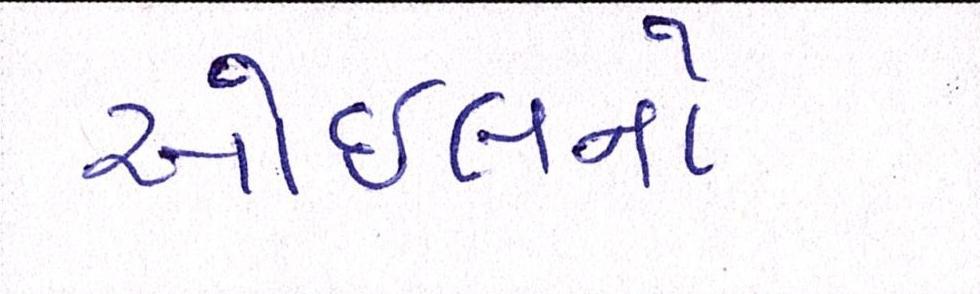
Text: ઓઇલનો